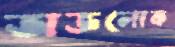
অজ্ঞলোক